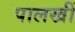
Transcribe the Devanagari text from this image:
पालखीं